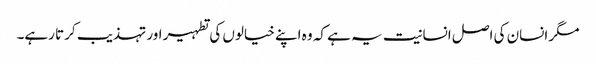
مگر انسان کی اصل انسانیت یہ ہے کہ وہ اپنے خیالوں کی تطہیر اور تہذیب کرتا رہے۔